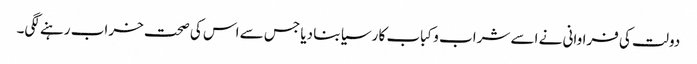
دولت کی فراوانی نے اسے شراب و کباب کا رسیا بنا دیا جس سے اس کی صحت خراب رہنے لگی۔